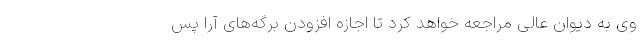
وی به دیوان عالی مراجعه خواهد کرد تا اجازه افزودن برگه‌های آرا پس